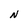
Character: N